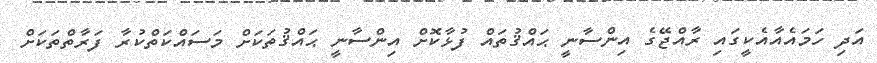
އަދި ހަމައެއާއެކީގައި ރާއްޖޭގެ އިންސާނީ ޙައްޤުތައް ފުޅާކޮށް އިންސާނީ ޙައްޤުތަކަށް މަސައްކަތްކުރާ ފަރާތްތަކަށް